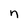
Character: n